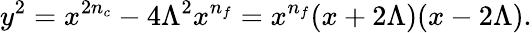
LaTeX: y^{2}=x^{2n_{c}}-4\Lambda^{2}x^{n_{f}}=x^{n_{f}}(x+2\Lambda)(x-2\Lambda).